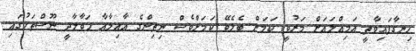
ހިނގާފައިވާތީ އަމިއްލައަށް މަރުވީ ކަމަށް ބެލެވޭ ކަމަށްވެސް ނިތިންގެ އާއިލާއާ ހަވާލާދީ ނޫސްތަކުގައި